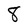
Character: 8